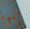
إنها